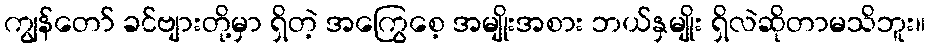
ကျွန်တော် ခင်ဗျားတို့မှာ ရှိတဲ့ အကြွေစေ့ အမျိုးအစား ဘယ်နှမျိုး ရှိလဲဆိုတာမသိဘူး။